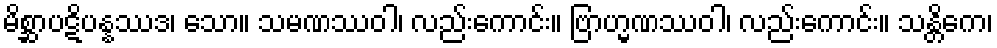
မိစ္ဆာပဋိပန္နဿဒ၊ သော။ သမဏဿဝါ၊ လည်းကောင်း။ ဗြာဟ္မဏဿဝါ၊ လည်းကောင်း။ သန္တိကေ၊